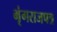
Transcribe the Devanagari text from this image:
भृंगराजपत्र